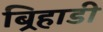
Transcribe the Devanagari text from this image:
बिर्‍हाडी